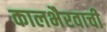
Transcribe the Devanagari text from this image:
कालभैरवाची